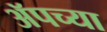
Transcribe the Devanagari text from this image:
ॲपच्या